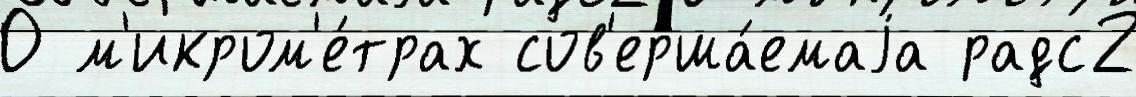
0 м'икром'е́трах сов'ерша́емаjа радс2